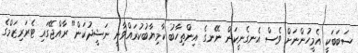
ސަބަބަކީ އެމީހުންނަށް ވެސް އެނގެނީކަން ނޭނގެ އިންތިހާބު ކާމިޔާބުކުރައްވާނީ ނަޝީދުކަން" ރާއްޖޭގައި ޓެރަރިޒަމްގެ